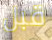
قبل